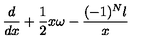
\frac { d } { d x } + \frac { 1 } { 2 } x \omega - \frac { ( - 1 ) ^ { N } l } { x }